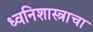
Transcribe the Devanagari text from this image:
ध्वनिशास्त्राचा